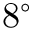
8 ^ { \circ }